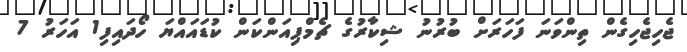
ޖެހިޖެހިގެން ތިންވަނަ ފަހަރަށް ބުރުނު ޝިކާރުގެ ޗެމްޕިއަންކަން ކުޑައައްޔަ ހޯދައިފި1 އަހަރު 7